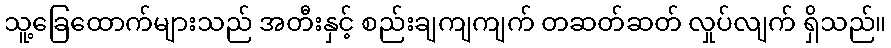
သူ့ခြေထောက်များသည် အတီးနှင့် စည်းချကျကျက် တဆတ်ဆတ် လှုပ်လျက် ရှိသည်။